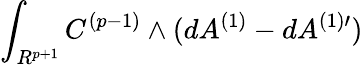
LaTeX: \int_{R^{p+1}}C^{(p-1)}\wedge(dA^{(1)}-dA^{(1)\prime})